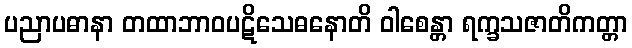
ပညာပဓာနာ တထာဘာဝပဋိသေဓနောတိ ဝါစေန္တာ ရက္ခသဇာတိကတ္တာ